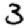
Digit: 3